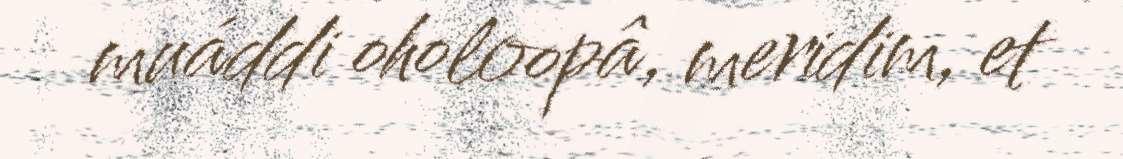
muáddi oholoopâ, meridim, et